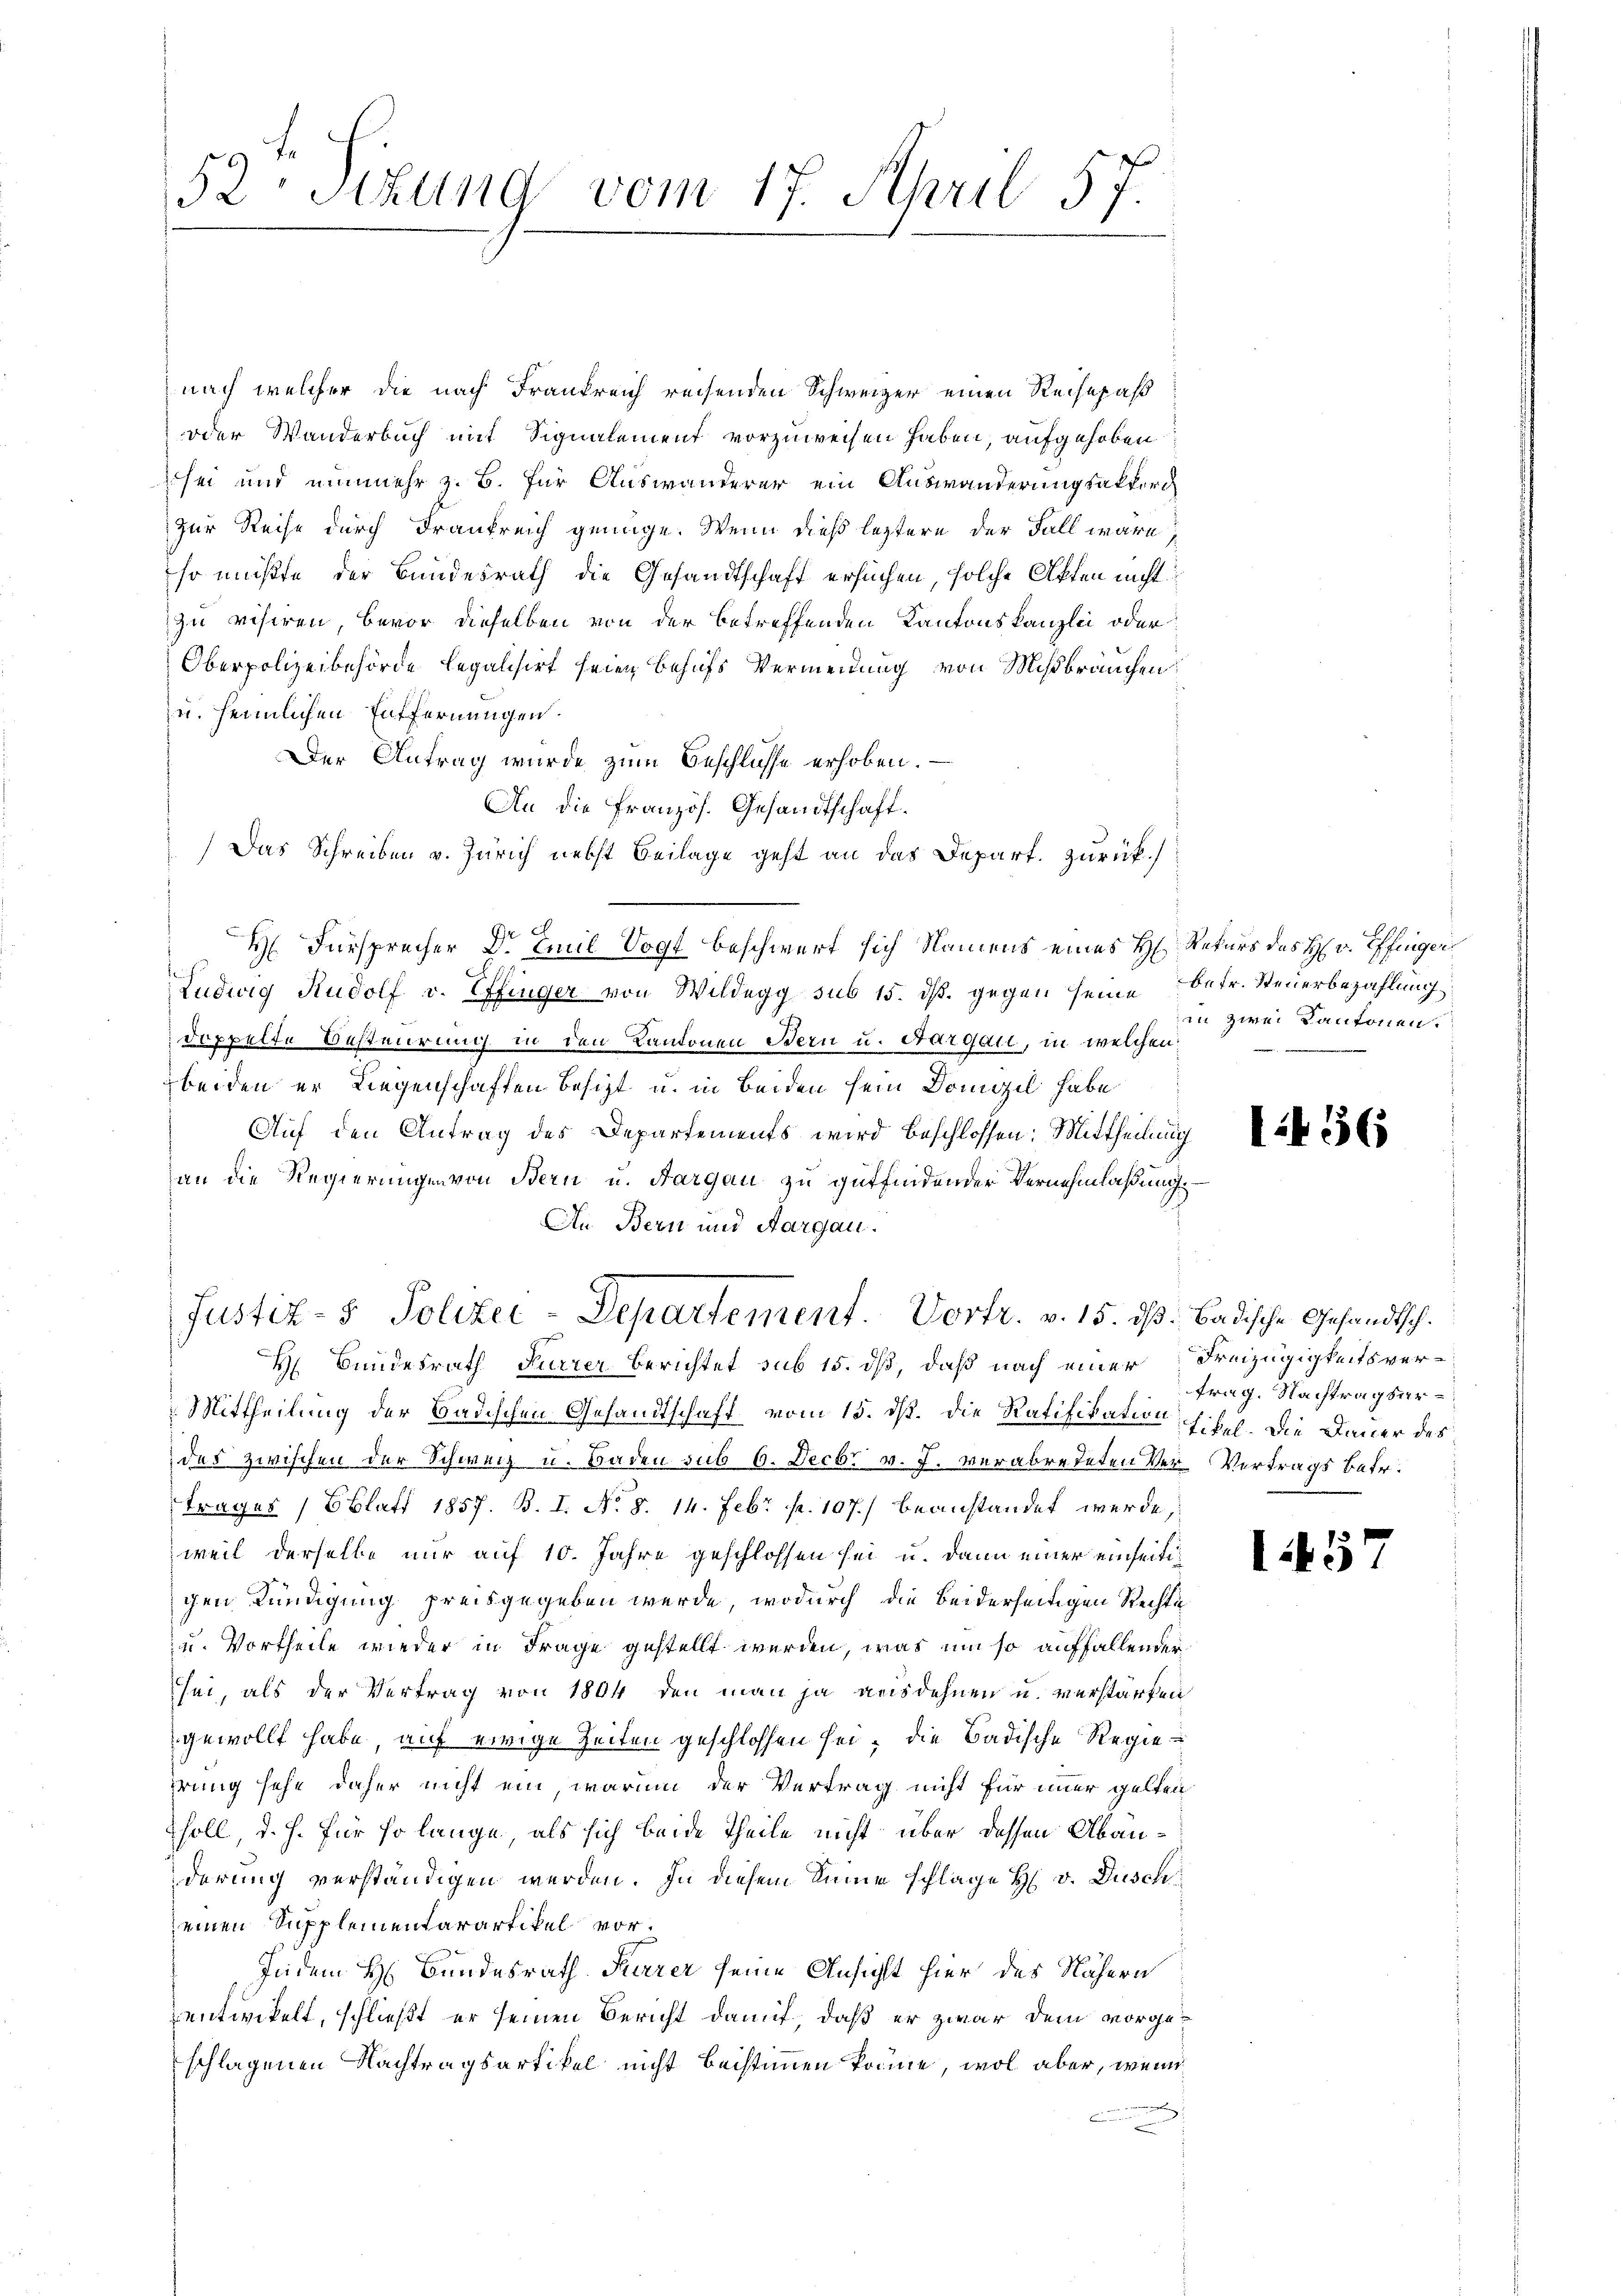
52 Sitzung vom 17. April 57.

nach welcher die nach Frankreich reisenden Schweizer einen Reisepaß
oder Wanderbuch mit Signalement vorzuweisen haben, aufgehoben
sei und nunmehr z. B. für Auswanderer ein Auswanderungsakter
zur Reise durch Frankreich genüge. Wenn dieß leztere der Fall wäre,
so müßte der Bundesrath die Gesandtschaft ersuchen, solche Akten nicht
zu visiren, bevor dieselben von der betreffenden Kantonskanzlei oder
Oberpolizeibehörde legalisiert seien behufs Vermeinung von Mißbräuchen
u. heimlichen Entfernungen.
Der Antrag wurde zum Beschlusse erhoben.
An die Französ. Gesandtschaft.
Das Schreiben v. Zürich nebst Beilage geht an das Depart. zurück.
c
H Fürsprecher Dr. Amil Vogt beschwert sich Namens eines H. Rekurs des H. v. Effinger
 2.
Ludwig Rudolf v. Effinger von Wildegg sub 15. dß. gegen seine
doppelte Besteurung in den Kantonen Bern u. Aargau, in welchen
beiden er Liegenschaften besizt, u. in beiden sein Domizil habe
Auf den Antrag des Departements wird beschlossen: Mittheilung
an die Regierungen von Bern u. Aargau zu gutfindender Vernehmlassung
An Bern und Aargau.
Justiz- & Polizei-Departement. Vortr. v. 15. ds. Badische Gesandtsch.
H Bundesrath Furrer Berichtet sub 15. dß, daß nach einer Freizügigkeitsver¬
Mittheilung der Badischen Gesandtschaft vom 15. ds. die Ratifikation Libel. Die Dauer des
des zwischen der Schweiz u. Baden sub 6. Decbr v. J. verabredeten Ver-Vertrags betr.
trages (Blatt 1857. B. I. No. 8. 14. Febr. pr. 107.) beanstandet werde,
weil derselbe nur auf 10. Jahre geschlossen sei u. dann einer einseitigen Kündigung preisgegeben werde, wodurch die beiderseitigen Rechte
u. Vortheile wieder in Frage gestellt werden, was um so auffallender
sei, als der Vertrag von 1804 den man ja ausdehnen u. verstärken
gewollt habe, auf ewige Zeiten geschlossen sei, die Badische Regieprung sehe daher nicht ein, warum der Vertrag nicht für immer gelten
soll, d. J. für so lange, als sich beide Theile nicht über dessen Abänderung verständigen werden. In diesem Sinne schlage H. v. Dusch
einen Supplementarartikel vor¬
Indem H. Bundesrath Furrer seine Ansicht hier des Nähern
entwickelt, schließt er seinen Bericht damit, daß er zwar dem vorgeschlagenen Nachtragsartikel nicht beistimmen könne, wol aber, wenn
n

betr. Steuerbezahlung
in zwei Kantonen.

1456

trag. Nachtragsur¬

1457